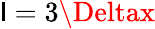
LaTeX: \mathsf{l}=3\Deltax